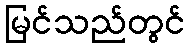
မြင်သည်တွင်